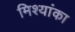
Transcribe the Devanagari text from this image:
मिश्यांका